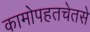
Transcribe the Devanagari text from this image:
कामोपहतचेतसे